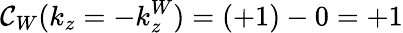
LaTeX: \mathcal{C}_{W}(k_{z}=-k_{z}^{W})=(+1)-0=+1